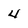
Character: 4